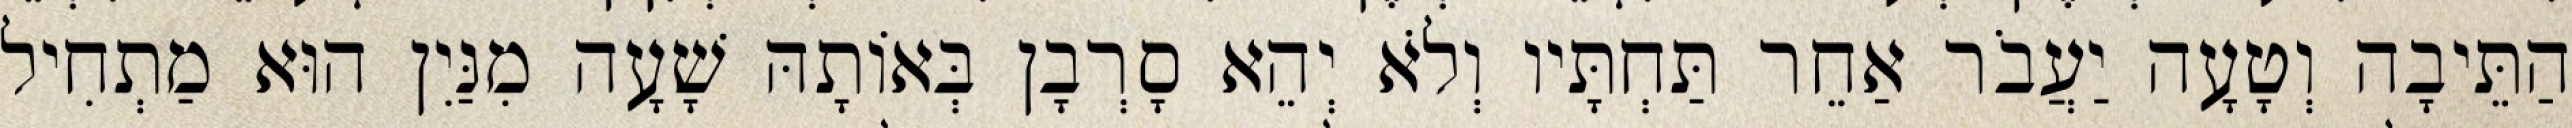
הַתֵּיבָה וְטָעָה יַעֲבֹר אַחֵר תַּחְתָּיו וְלֹא יְהֵא סָרְבָן בְּאוֹתָהּ שָׁעָה מִנַּיִן הוּא מַתְחִיל